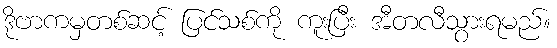
ဒိုဗာကမှတစ်ဆင့် ပြင်သစ်ကို ကူးပြီး အီတလီသွားရမည်။